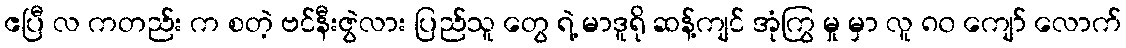
ဧပြီ လ ကတည်း က စတဲ့ ဗင်နီးဇွဲလား ပြည်သူ တွေ ရဲ့ မာဒူရို ဆန့်ကျင် အုံကြွ မှု မှာ လူ ၈၀ ကျော် လောက်